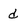
Character: d